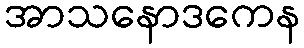
အာသနောဒကေန